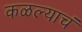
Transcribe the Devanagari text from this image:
कळल्याचं